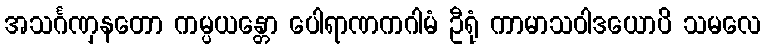
အသင်္ဂဏှနတော ကမ္ပယန္တော ပေါရာဏကဂါမံ ဦရုံ ကာမာသဝါဒယောပိ သမလေ